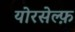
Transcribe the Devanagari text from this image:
योरसेल्फ़